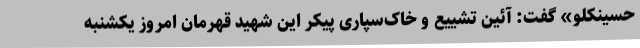
حسینکلو» گفت: آئین تشییع و خاک‌سپاری پیکر این شهید قهرمان امروز یکشنبه